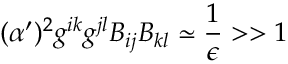
( \alpha ^ { \prime } ) ^ { 2 } g ^ { i k } g ^ { j l } B _ { i j } B _ { k l } \simeq { \frac { 1 } { \epsilon } } > > 1